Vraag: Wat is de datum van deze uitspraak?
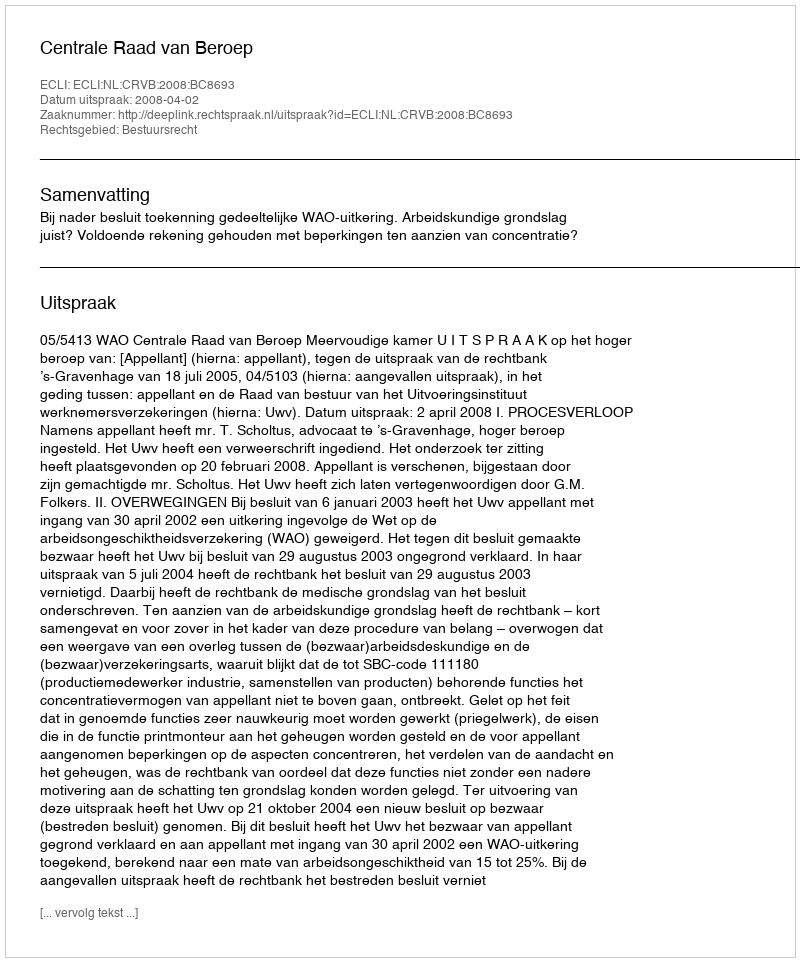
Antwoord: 2008-04-02